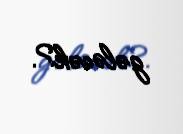
gələcək?.